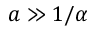
a \gg 1 / \alpha